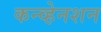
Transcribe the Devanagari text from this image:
कन्व्हेनशन